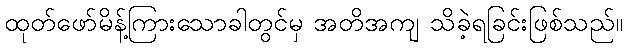
ထုတ်ဖော်မိန့်ကြားသောခါတွင်မှ အတိအကျ သိခဲ့ရခြင်းဖြစ်သည်။